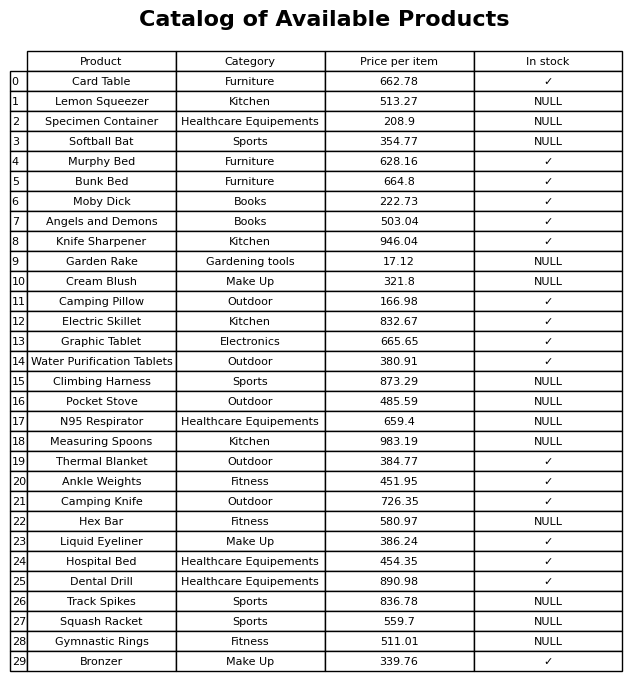
question: What is the price of the Moby Dick?
answer: The price of Moby Dick is 222.73.